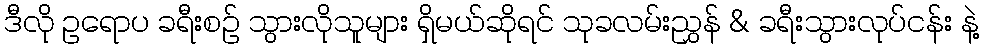
ဒီလို ဥရောပ ခရီးစဉ် သွားလိုသူများ ရှိမယ်ဆိုရင် သုခလမ်းညွှန် & ခရီးသွားလုပ်ငန်း နဲ့